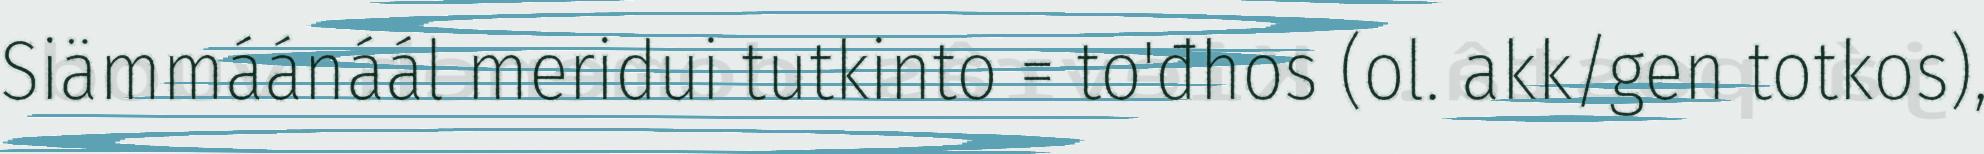
Siämmáánáál meridui tutkinto = to'đhos (ol. akk/gen totkos),